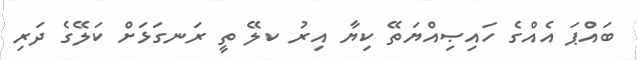
ބައްޕަ އެއްގެ ހައިޞިއްޔަތޭ ކިޔާ އިރު ކލޭ ތީ ރަނގަޅަށް ކަލޭގެ ދަރި